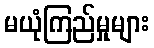
မယုံကြည်မှုများ